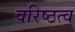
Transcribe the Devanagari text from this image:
वरिष्ठत्व